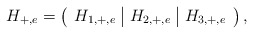
\begin{align*} H_{+,e}=\left(\begin{array}{c|c|c} H_{1,+,e}&H_{2,+,e}&H_{3,+,e} \end{array}\right),\end{align*}